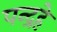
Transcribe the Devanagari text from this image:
पन्द्रहे